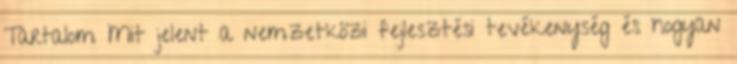
Tartalom Mit jelent a nemzetközi fejlesztési tevékenység és hogyan